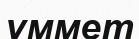
үммет